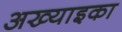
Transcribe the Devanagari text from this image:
अख्याइका